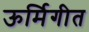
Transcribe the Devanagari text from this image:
ऊर्मिगीत